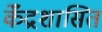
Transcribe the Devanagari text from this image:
केँद्रशासित